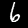
Digit: 6